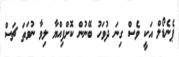
ޕެނެޑޯލް އަކީ ވެސް ގިނަ ދުވަހު ބޭނުން ކޮށްފިއްޔާ ލިވާ ނުވަތަ ޗަސް